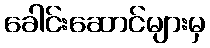
ခေါင်းဆောင်များမှ